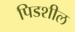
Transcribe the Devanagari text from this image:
पिडशील